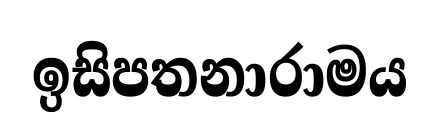
ඉසිපතනාරාමය